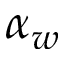
\alpha _ { w }